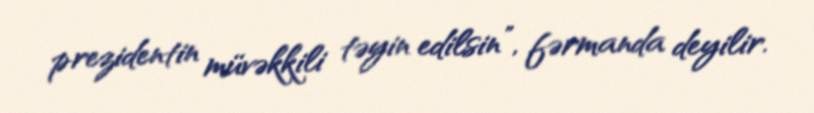
prezidentin müvəkkili təyin edilsin”, fərmanda deyilir.